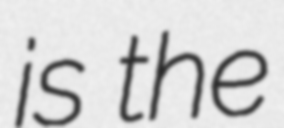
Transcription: is the